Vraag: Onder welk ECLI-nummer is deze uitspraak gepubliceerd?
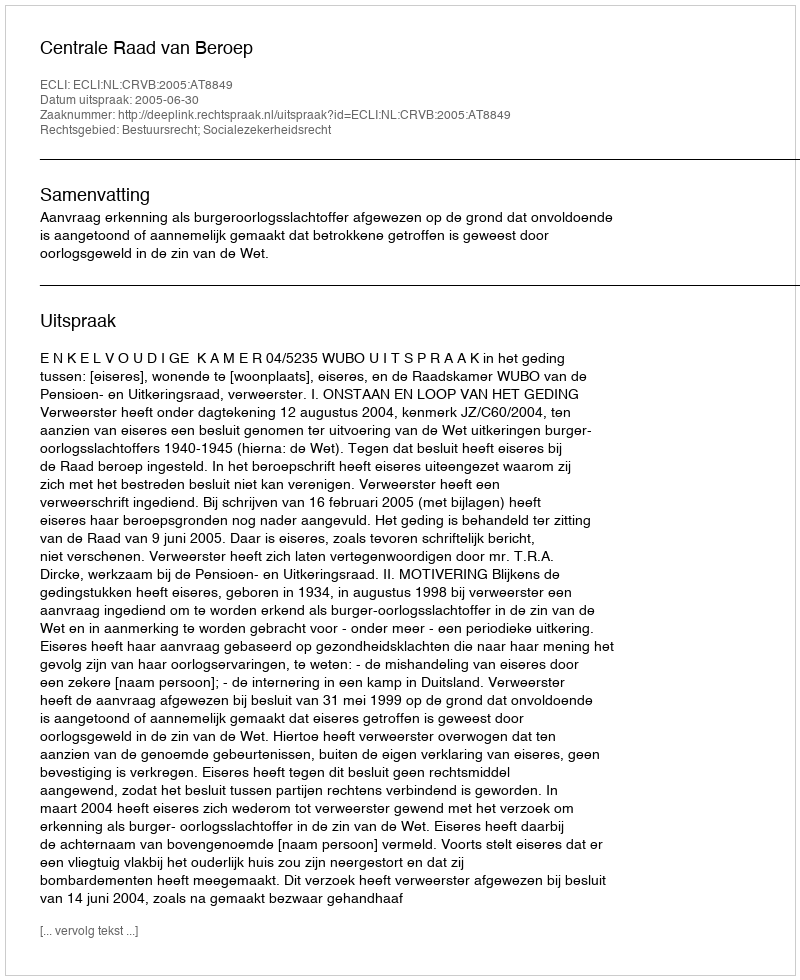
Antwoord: ECLI:NL:CRVB:2005:AT8849